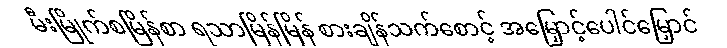
မီးမြိုက်စမြိန်စာ ရသာမြိန်မြိန် စားချိန်သက်စောင့် အမြှောင့်ပေါင်မြှောင်